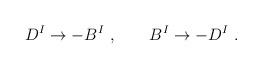
LaTeX: \begin{align*}D^I \rightarrow - B^I\ ,\ \ \ \ \ \ B^I \rightarrow - D^I\ .\end{align*}